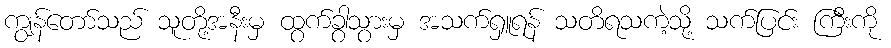
ကျွန်တော်သည် သူတို့အနီးမှ ထွက်ခွာသွားမှ အသက်ရှူရန် သတိရသကဲ့သို့ သက်ပြင်း ကြီးကို